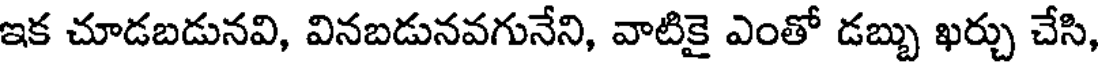
ఇక చూడబడునవి, వినబడునవగునేని, వాటికై ఎంతో డబ్బు ఖర్చు చేసి,